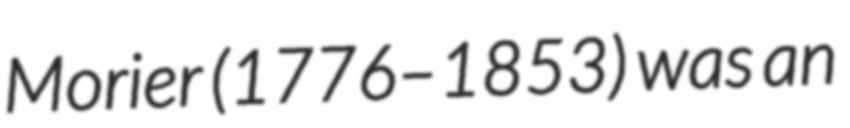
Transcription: Morier (1776–1853) was an